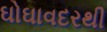
ઘોઘાવદરથી